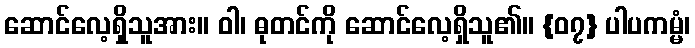
ဆောင်လေ့ရှိသူအား။ ဝါ၊ ဓုတင်ကို ဆောင်လေ့ရှိသူ၏။ {၀၇} ပါပကမ္မံ၊